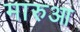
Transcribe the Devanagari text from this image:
मारुआ